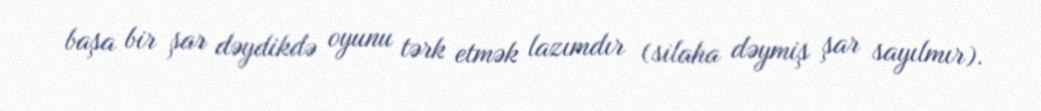
başa bir şar dəydikdə oyunu tərk etmək lazımdır (silaha dəymiş şar sayılmır).